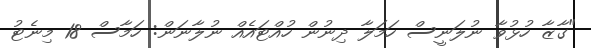
"ގާޒާ ހުޅުވާ ނުލަނީސް ހަމަލާ ދިނުން ހުއްޓައެއް ނުލާނަން: ހަމާސް 18 މިނެޓު